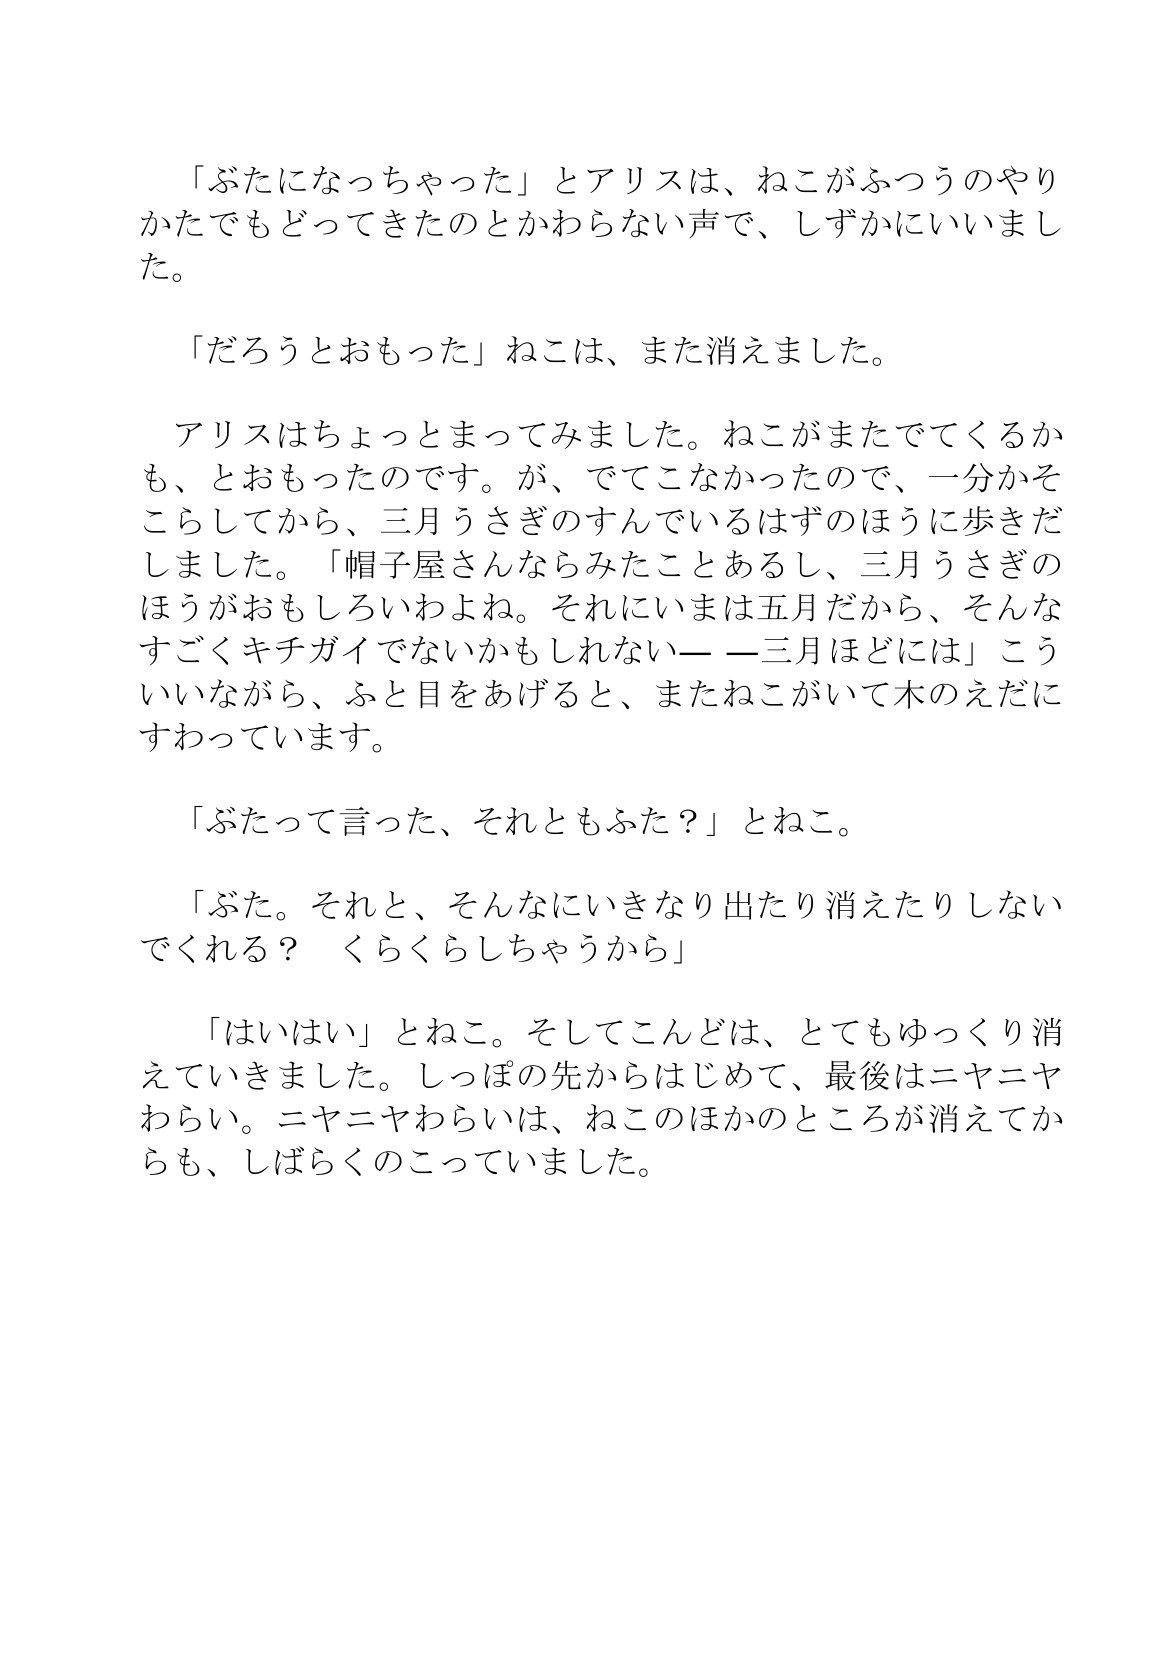
Language: ja